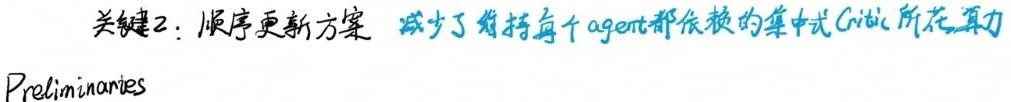
关键2：顺序更新方案 减少了维持每个agent都依赖的集中式Critic所花算力
Preliminaries